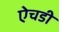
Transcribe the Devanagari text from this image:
ऐचडी